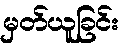
မှတ်ယူခြင်း